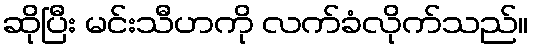
ဆိုပြီး မင်းသီဟကို လက်ခံလိုက်သည်။